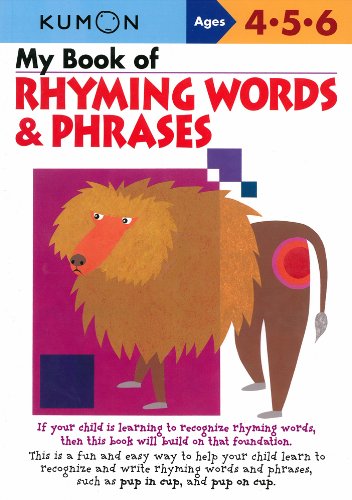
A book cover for My Book Of Rhyming Words And Phrases (Kumon Workbooks); Test Preparation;